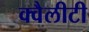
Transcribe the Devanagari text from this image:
क्वैलीटी